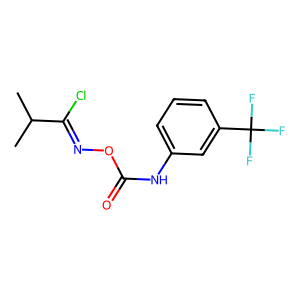
SMILES: CC(C)C(Cl)=NOC(=O)Nc1cccc(C(F)(F)F)c1
Inhibits HIV replication: No